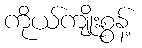
ကိုယ်ကျိုးစွန့်